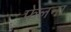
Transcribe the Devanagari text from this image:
फेलना